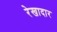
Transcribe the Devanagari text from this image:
रेखादार